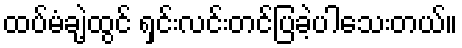
ထပ်မံချဲ့ထွင် ရှင်းလင်းတင်ပြခဲ့ပါသေးတယ်။